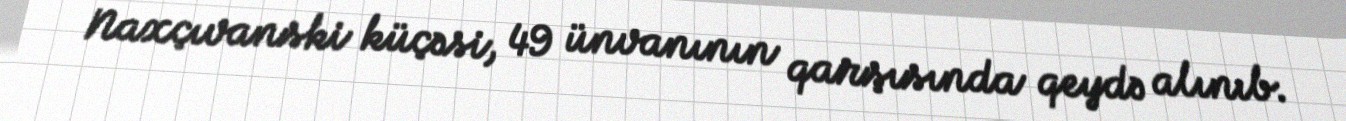
Naxçıvanski küçəsi, 49 ünvanının qarşısında qeydə alınıb.